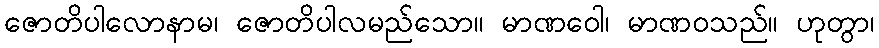
ဇောတိပါလောနာမ၊ ဇောတိပါလမည်သော။ မာဏဝေါ၊ မာဏဝသည်။ ဟုတွာ၊